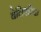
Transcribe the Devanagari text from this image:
बेलिएरिक